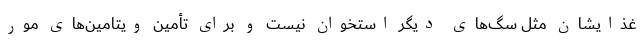
غذایشان مثل سگ‌های دیگر استخوان نیست و برای تأمین ویتامین‌های مور